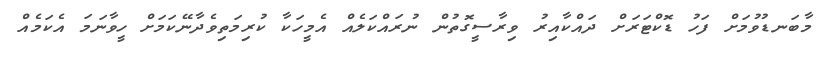
މާބަނޑުވުމަށް ފަހު ޑޮކްޓަރަށް ދައްކާއިރު ވިރާސީގޮތުން ނުރައްކަލެއް އެމީހަކާ ކުރިމަތިވެދާނޭކަމަށް ހީވާނަމަ އެކަމެއް